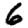
Digit: 6